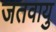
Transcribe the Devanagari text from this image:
जतवायु